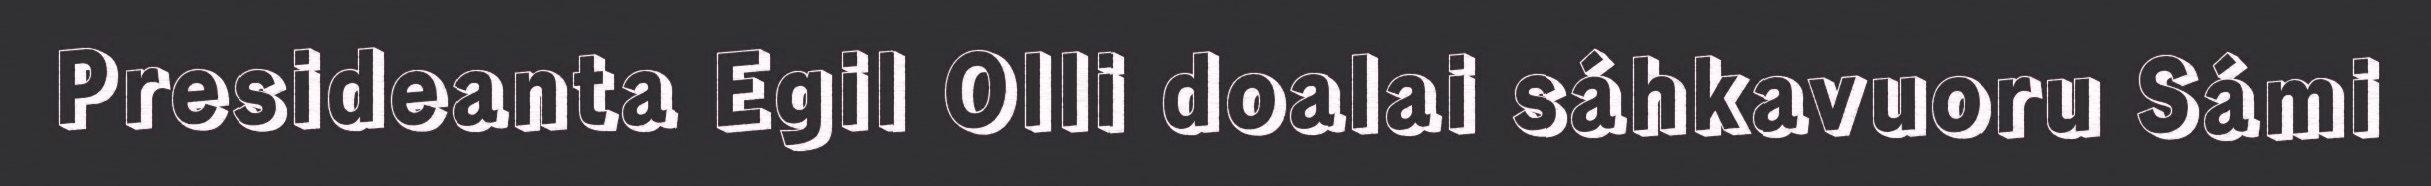
Presideanta Egil Olli doalai sáhkavuoru Sámi